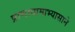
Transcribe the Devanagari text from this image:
प्राणायामाभ्यासाने